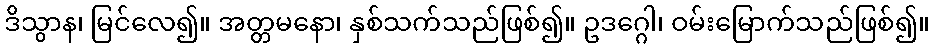
ဒိသွာန၊ မြင်လေ၍။ အတ္တမနော၊ နှစ်သက်သည်ဖြစ်၍။ ဥဒဂ္ဂေါ၊ ဝမ်းမြောက်သည်ဖြစ်၍။